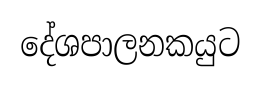
දේශපාලනකයුට